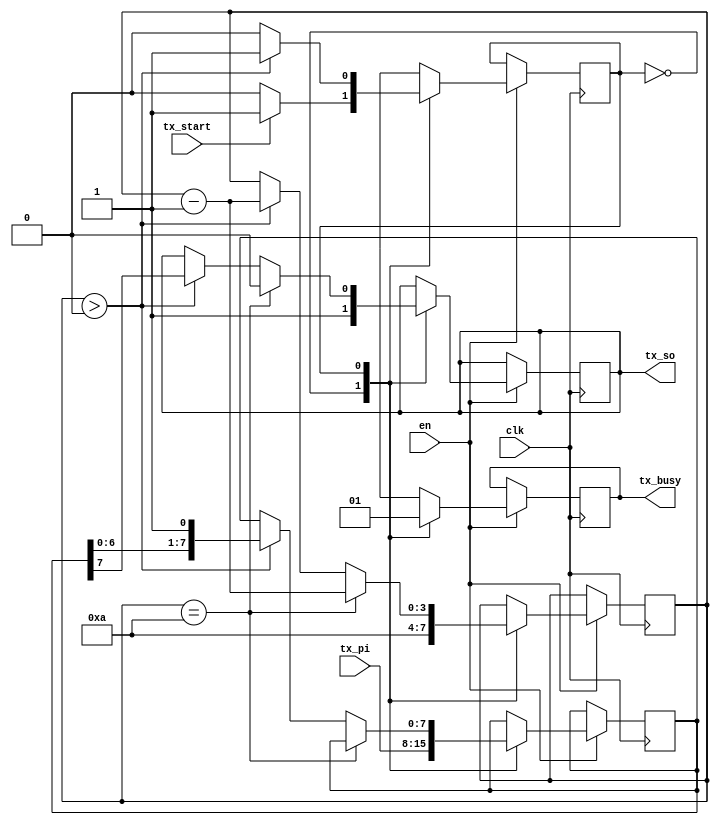
`timescale 1ns/1ns
module tx #(
    parameter WIDTH = 8 // 1 bit Start, 8 bit Data, 1 Stop bit
)(
    clk,
    en,
    tx_start,
    tx_pi, //parallel input
    tx_so, //serial output
    tx_busy
);

input clk, en;
input tx_start; 
input [WIDTH-1:0] tx_pi;
output reg tx_so;
output reg tx_busy;

reg [WIDTH-1:0] data;
reg current_state, next_state;
reg [3:0] bit_sent_count; //counts from 10 to 0, every sent bit results in decrementation

localparam IDLE = 1'b0;
parameter SEND = 1'b1;

//State machine
always @(*) begin
    if(en) begin
        case(current_state)
            IDLE: begin
                if(tx_start) begin
                    next_state = SEND;
                end
                else
                    next_state = IDLE;
            end

            SEND: begin
                if(bit_sent_count > 4'h0) begin
                    next_state = SEND;
                end
                else
                    next_state = IDLE;
            end
            default: next_state = IDLE; 
        endcase
    end
	 else
		next_state = IDLE; 
end

always @(posedge clk) begin 
    if(en) begin
        current_state <= next_state;

        case(current_state)
            IDLE: begin
                data <= tx_pi;
                bit_sent_count <= 4'hA;
                tx_so <= 1'b1;
                tx_busy <= 1'b0;
            end

            SEND: begin
                tx_busy <= 1'b1;
                //Sending data 
                if(bit_sent_count == 4'hA) begin
                    tx_so <= 1'b0; //Start bit
                    bit_sent_count <= bit_sent_count - 1'b1; 
                end
                else if(bit_sent_count > 4'h0) begin
                    bit_sent_count <= bit_sent_count - 1'b1;

                    data <= {data[WIDTH-2:0], 1'b1};
                    tx_so <= data[WIDTH-1];
                end
            end

            default: tx_so <= 1'b1;
        endcase
    end
end

endmodule